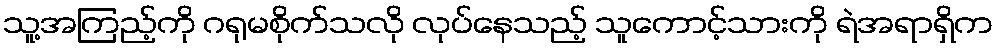
သူ့အကြည့်ကို ဂရုမစိုက်သလို လုပ်နေသည့် သူကောင့်သားကို ရဲအရာရှိက